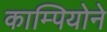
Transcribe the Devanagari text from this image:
काम्पियोने